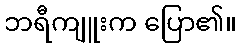
ဘရီကျူးက ပြော၏။